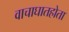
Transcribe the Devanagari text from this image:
वाचाघातहोता